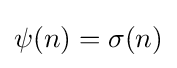
\psi (n)=\sigma (n)